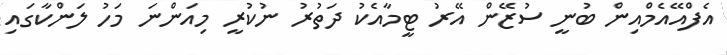
އެފްއޭއެމްއިން ބުނީ ސުޒޭން އޭރު ޓީމާއެކު ދަތުރު ނުކުރީ މިއަންނަ މަހު ލަންކާގައި